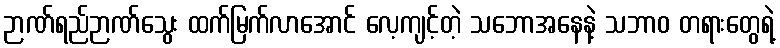
ဉာဏ်ရည်ဉာဏ်သွေး ထက်မြက်လာအောင် လေ့ကျင့်တဲ့ သဘောအနေနဲ့ သဘာဝ တရားတွေရဲ့